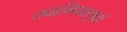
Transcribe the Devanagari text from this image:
तवाभिधासुधां